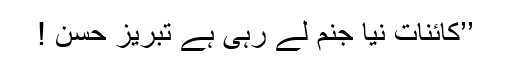
’’کائنات نیا جنم لے رہی ہے تبریز حسن !